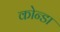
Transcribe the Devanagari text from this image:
कोन्डा